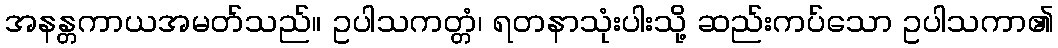
အနန္တကာယအမတ်သည်။ ဥပါသကတ္တံ၊ ရတနာသုံးပါးသို့ ဆည်းကပ်သော ဥပါသကာ၏